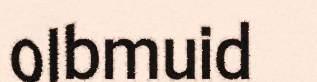
olbmuid